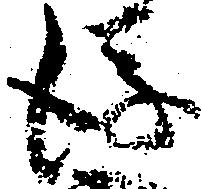
後